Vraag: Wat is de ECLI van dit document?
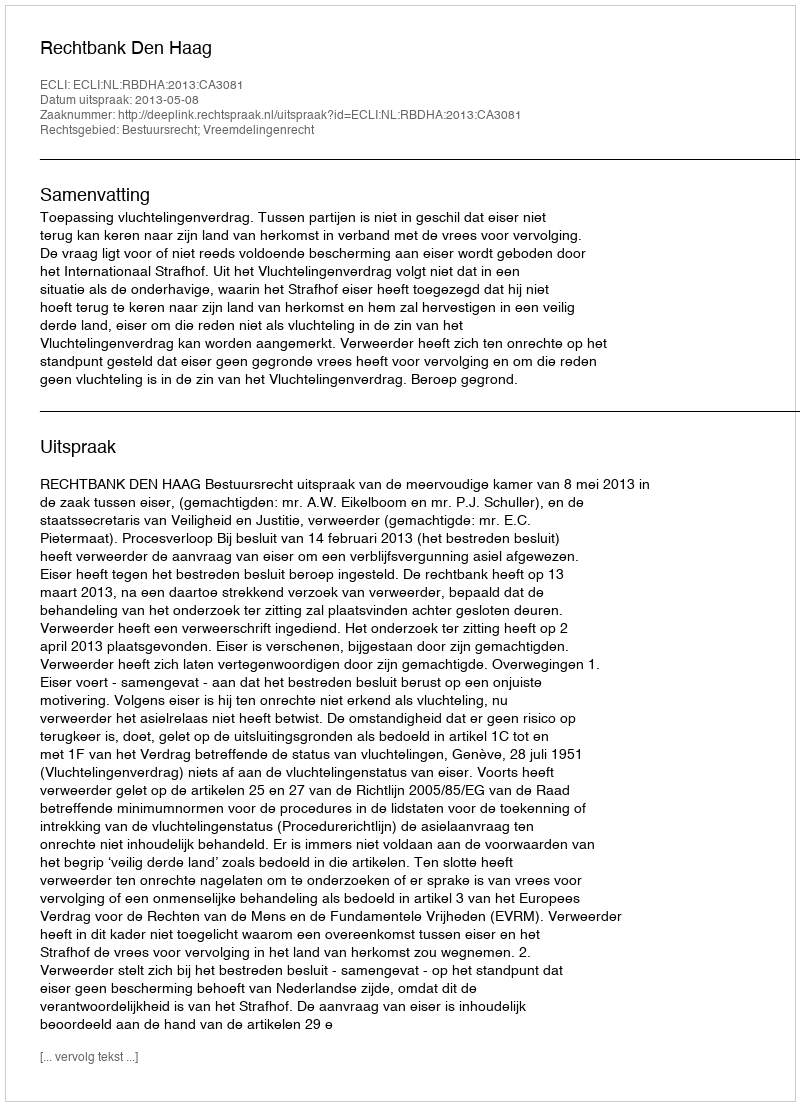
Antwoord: ECLI:NL:RBDHA:2013:CA3081